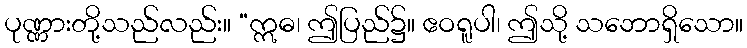
ပုဏ္ဏားတို့သည်လည်း။ “ဣဓ၊ ဤပြည်၌။ ဧဝရူပါ၊ ဤသို့ သဘောရှိသော။